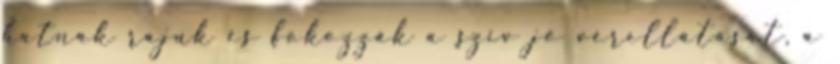
hatnak rájuk és fokozzák a szív jó vérellátását, a